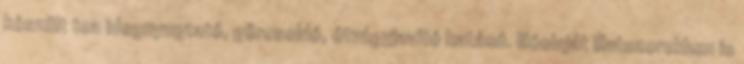
készült tea idegnyugtató, görcsoldó, étvágyjavító hatású. Illóolaját illatszerekben is